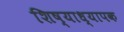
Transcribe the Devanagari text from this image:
शिष्याध्यापक